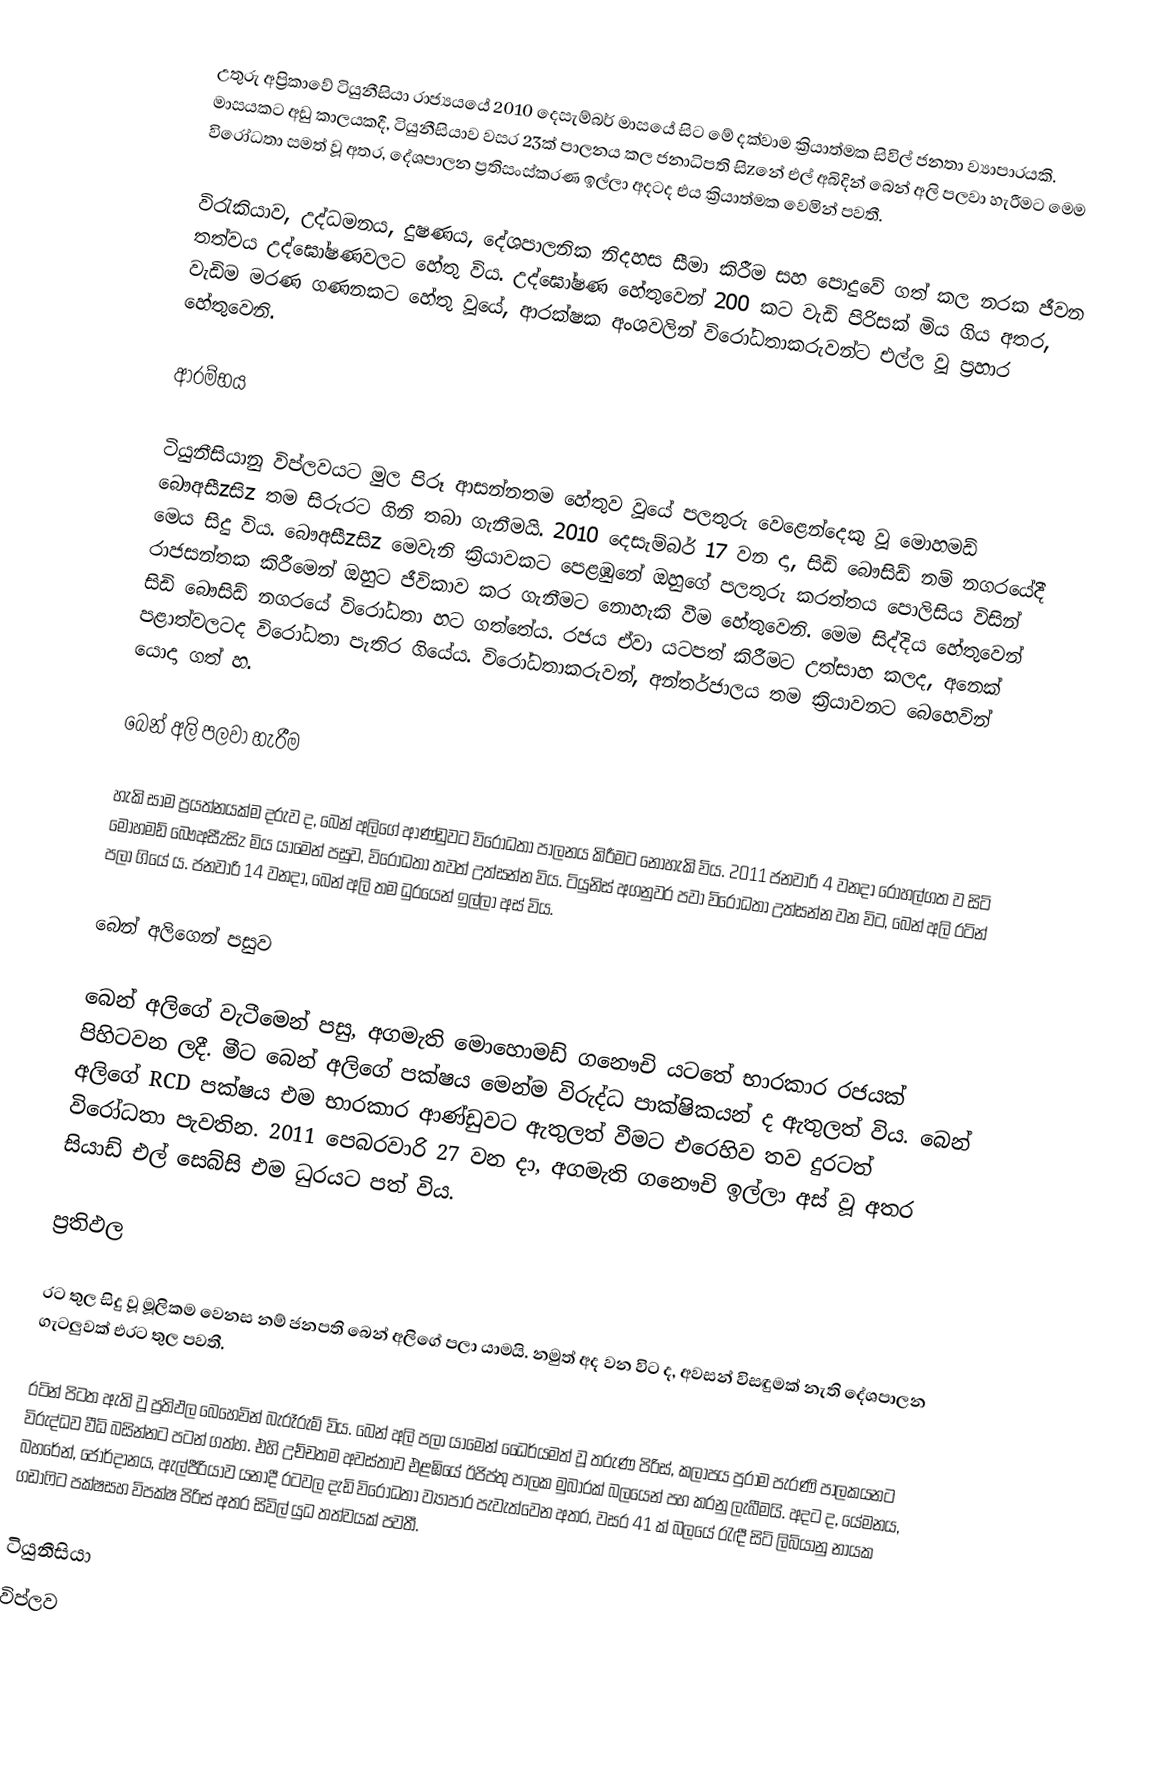
උතුරු අප්‍රිකාවේ ටියුනීසියා රාජ්‍යයයේ 2010 දෙසැම්බර් මාසයේ සිට මේ දක්වාම ක්‍රියාත්මක සිවිල් ජනතා ව්‍යාපාරයකි. මාසයකට අඩු කාලයකදී, ටියුනීසියාව වසර 23ක් පාලනය කල ජනාධිපති සිzනේ එල් අබිදින් බෙන් අලි පලවා හැරීමට මෙම විරෝධතා සමත් වූ අතර, දේශපාලන ප්‍රතිසංස්කරණ ඉල්ලා අදටද එය ක්‍රියාත්මක වෙමින් පවතී.

විරැකියාව, උද්ධමනය, දුෂණය, දේශපාලනික නිදහස සීමා කිරීම සහ පොදුවේ ගත් කල නරක ජීවන තත්වය උද්ඝෝෂණවලට හේතු විය. උද්ඝෝෂණ හේතුවෙන් 200 කට වැඩි පිරිසක් මිය ගිය අතර, වැඩිම මරණ ගණනකට හේතු වූයේ, ආරක්ෂක අංශවලින් විරෝධතාකරුවන්ට එල්ල වූ ප්‍රහාර හේතුවෙනි.

ආරම්භය

ටියුනීසියානු විප්ලවයට මුල පිරූ ආසන්නතම හේතුව වූයේ පලතුරු වෙළෙන්දෙකු වූ මොහමඩ් බෞඅසීzසිz තම සිරුරට ගිනි තබා ගැනීමයි. 2010 දෙසැම්බර් 17 වන දා, සිඩි බෞසිඩ් නම් නගරයේදී මෙය සිදු විය. බෞඅසීzසිz මෙවැනි ක්‍රියාවකට පෙළඹුනේ ඔහුගේ පලතුරු කරත්තය පොලිසිය විසින් රාජසන්තක කිරීමෙන් ඔහුට ජීවිකාව කර ගැනීමට නොහැකි වීම හේතුවෙනි. මෙම සිද්දිය හේතුවෙන් සිඩි බෞසිඩ් නගරයේ විරෝධතා හට ගත්තේය. රජය ඒවා යටපත් කිරීමට උත්සාහ කලද, අනෙක් පළාත්වලටද විරෝධතා පැතිර ගියේය. විරෝධතාකරුවන්, අන්තර්ජාලය තම ක්‍රියාවනට බෙහෙවින් යොදා ගත් හ.

බෙන් අලි පලවා හැරීම

හැකි සාම ප්‍රයත්නයක්ම දරුව ද, බෙන් අලිගේ ආණ්ඩුවට විරෝධතා පාලනය කිරීමට නොහැකි විය. 2011 ජනවාරි 4 වනදා රෝහල්ගත ව සිටි මොහමඩ් බෞඅසීzසිz මිය යාමෙන් පසුව, විරෝධතා තවත් උත්සන්න විය. ටියුනිස් අගනුවර පවා විරෝධතා උත්සන්න වන විට, බෙන් අලි රටින් පලා ගියේ ය. ජනවාරි 14 වනදා, බෙන් අලි තම ධුරයෙන් ඉල්ලා අස් විය.

බෙන් අලිගෙන් පසුව

බෙන් අලිගේ වැටීමෙන් පසු, අගමැති මොහොමඩ් ගනෞචි යටතේ භාරකාර රජයක් පිහිටවන ලදී. මීට බෙන් අලිගේ පක්ෂය මෙන්ම විරුද්ධ පාක්ෂිකයන් ද ඇතුලත් විය. බෙන් අලිගේ RCD පක්ෂය එම භාරකාර ආණ්ඩුවට ඇතුලත් වීමට එරෙහිව තව දුරටත් විරෝධතා පැවතින. 2011 පෙබරවාරි 27 වන දා, අගමැති ගනෞචි ඉල්ලා අස් වූ අතර සියාඩ් එල් සෙබ්සි එම ධුරයට පත් විය.

ප්‍රතිඵල

රට තුල සිදු වූ මූලිකම වෙනස නම් ජනපති බෙන් අලිගේ පලා යාමයි. නමුත් අද වන විට ද, අවසන් විසඳුමක් නැති දේශපාලන ගැටලුවක් එරට තුල පවතී.

රටින් පිටත ඇති වූ ප්‍රතිඵල බෙහෙවින් බැරෑරුම් විය. බෙන් අලි පලා යාමෙන් ධෛර්යමත් වූ තරුණ පිරිස්, කලාපය පුරාම පැරණි පාලකයනට විරුද්ධව වීධි බසින්නට පටන් ගත්හ. එහි උච්චතම අවස්තාව එළඹියේ ඊජිප්තු පාලක මුබාරක් බලයෙන් පහ කරනු ලැබීමයි. අදට ද, යේමනය, බහරේන්, ජෝර්දානය, ඇල්ජීරියාව යනාදී රටවල දැඩි විරෝධතා ව්‍යාපාර පැවැත්වෙන අතර, වසර 41 ක් බලයේ රැඳී සිටි ලිබියානු නායක ගඩාෆිට පක්ෂසහ විපක්ෂ පිරිස් අතර සිවිල් යුධ තත්වයක් පවතී.

ටියුනීසියා
විප්ලව